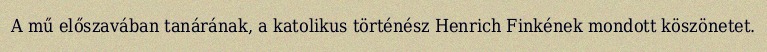
A mű előszavában tanárának, a katolikus történész Henrich Finkének mondott köszönetet.